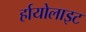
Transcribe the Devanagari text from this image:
र्हायोलाइट